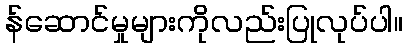
န်ဆောင်မှုများကိုလည်းပြုလုပ်ပါ။